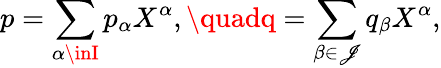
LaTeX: p=\sum_{\alpha\inI}p_{\alpha}X^{\alpha},\quadq=\sum_{\beta\in\mathscr{J}}q_{\beta}X^{\alpha},